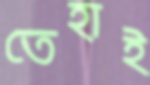
তেহাই